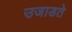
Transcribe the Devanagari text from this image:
उजाडते